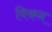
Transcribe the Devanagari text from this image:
विकन